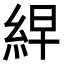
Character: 𮈎